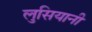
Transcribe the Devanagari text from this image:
लुसियानी